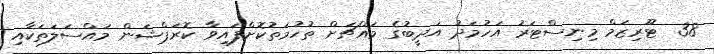
38  ޓޫރިޒަމް މިނިސްޓަރު އަހުމަދު އަދީބުގެ މައްޗަށް ތުހުމަތުކޮށްފައިވާ ކޮރަޕްޝަން މައްސަލަތަކާއި